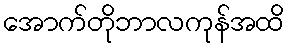
အောက်တိုဘာလကုန်အထိ